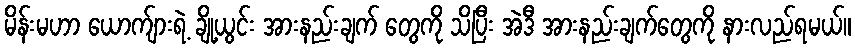
မိန်းမဟာ ယောက်ျားရဲ့ ချို့ယွင်း အားနည်းချက် တွေကို သိပြီး အဲဒီ အားနည်းချက်တွေကို နားလည်ရမယ်။